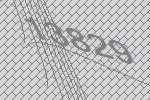
13829